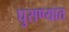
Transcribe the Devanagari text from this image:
घुसण्यात